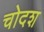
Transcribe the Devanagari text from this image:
चोदश